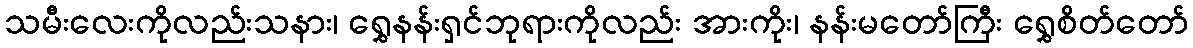
သမီးလေးကိုလည်းသနား၊ ရွှေနန်းရှင်ဘုရားကိုလည်း အားကိုး၊ နန်းမတော်ကြီး ရွှေစိတ်တော်